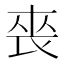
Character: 䘮